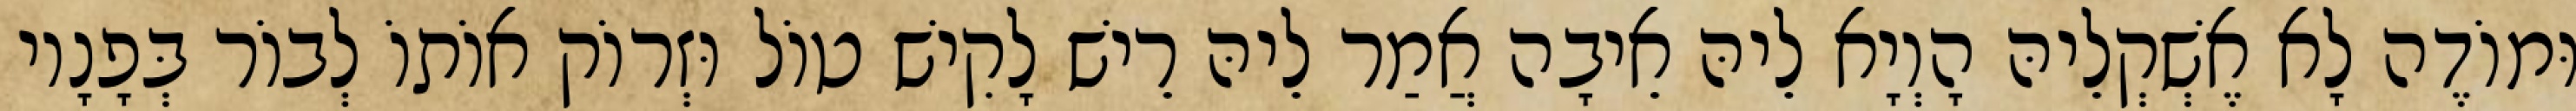
וּמוֹדֶה לָא אֶשְׁקְלֵיהּ הָוְיָא לֵיהּ אֵיבָה אֲמַר לֵיהּ רֵישׁ לָקִישׁ טוֹל וּזְרוֹק אוֹתוֹ לְבוֹר בְּפָנָיו